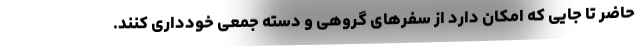
حاضر تا جایی که امکان دارد از سفرهای گروهی و دسته‌ جمعی خودداری کنند.